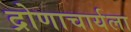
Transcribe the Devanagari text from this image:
द्रोणाचार्यला